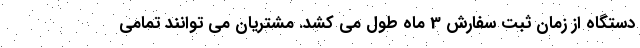
دستگاه از زمان ثبت سفارش 3 ماه طول می کشد. مشتریان می توانند تمامی